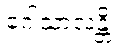
ဂေါသာလန္တိ